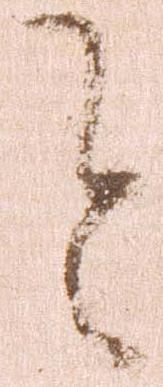
令